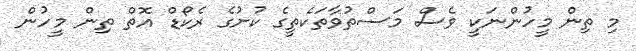
މި ތިން މީހުންނަކީ ވެސް މަސްތުވާތަކެތީގެ ކުށުގެ ރެކޯޑް އޮތް ތިން މީހުން